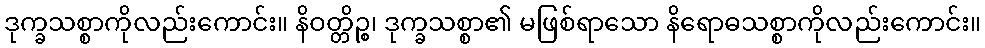
ဒုက္ခသစ္စာကိုလည်းကောင်း။ နိဝတ္တိဉ္စ၊ ဒုက္ခသစ္စာ၏ မဖြစ်ရာသော နိရောဓသစ္စာကိုလည်းကောင်း။